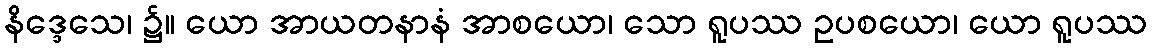
နိဒ္ဒေသေ၊ ၌။ ယော အာယတနာနံ အာစယော၊ သော ရူပဿ ဥပစယော၊ ယော ရူပဿ